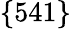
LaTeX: \lbrace 541\rbrace